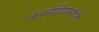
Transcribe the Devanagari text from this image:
जननेंद्रीयांभोवती